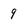
Character: 9